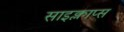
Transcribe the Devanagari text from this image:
साइक्लाप्स